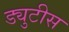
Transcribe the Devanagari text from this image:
ड्युटीस